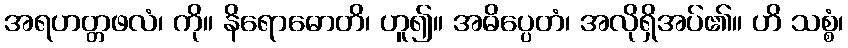
အရဟတ္တဖလံ၊ ကို။ နိရောဓောတိ၊ ဟူ၍။ အဓိပ္ပေတံ၊ အလိုရှိအပ်၏။ ဟိ သစ္စံ၊